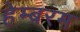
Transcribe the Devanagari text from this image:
हेम्बरम